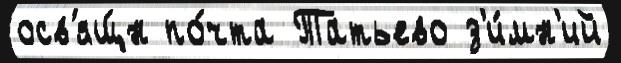
осв'ящ́н по́чта Татьево з'и́мн'ий